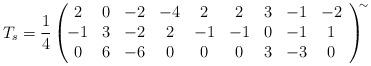
LaTeX: \begin{align*}T_s=\frac{1}{4}\left(\!\!\!\begin{array}{ccccccccc} 2&0&-2&-4&2&2&3&-1&-2 \\ -1&3&-2&2&-1&-1&0&-1&1 \\ 0&6&-6&0&0&0&3&-3&0\end{array}\right)^{\!\!\sim}\end{align*}